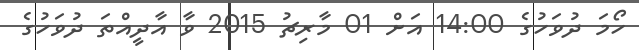
ހޯމަ ދުވަހުގެ 14:00 އަށް 01 މާރިޗު 2015 ވާ އާދީއްތަ ދުވަހުގެ